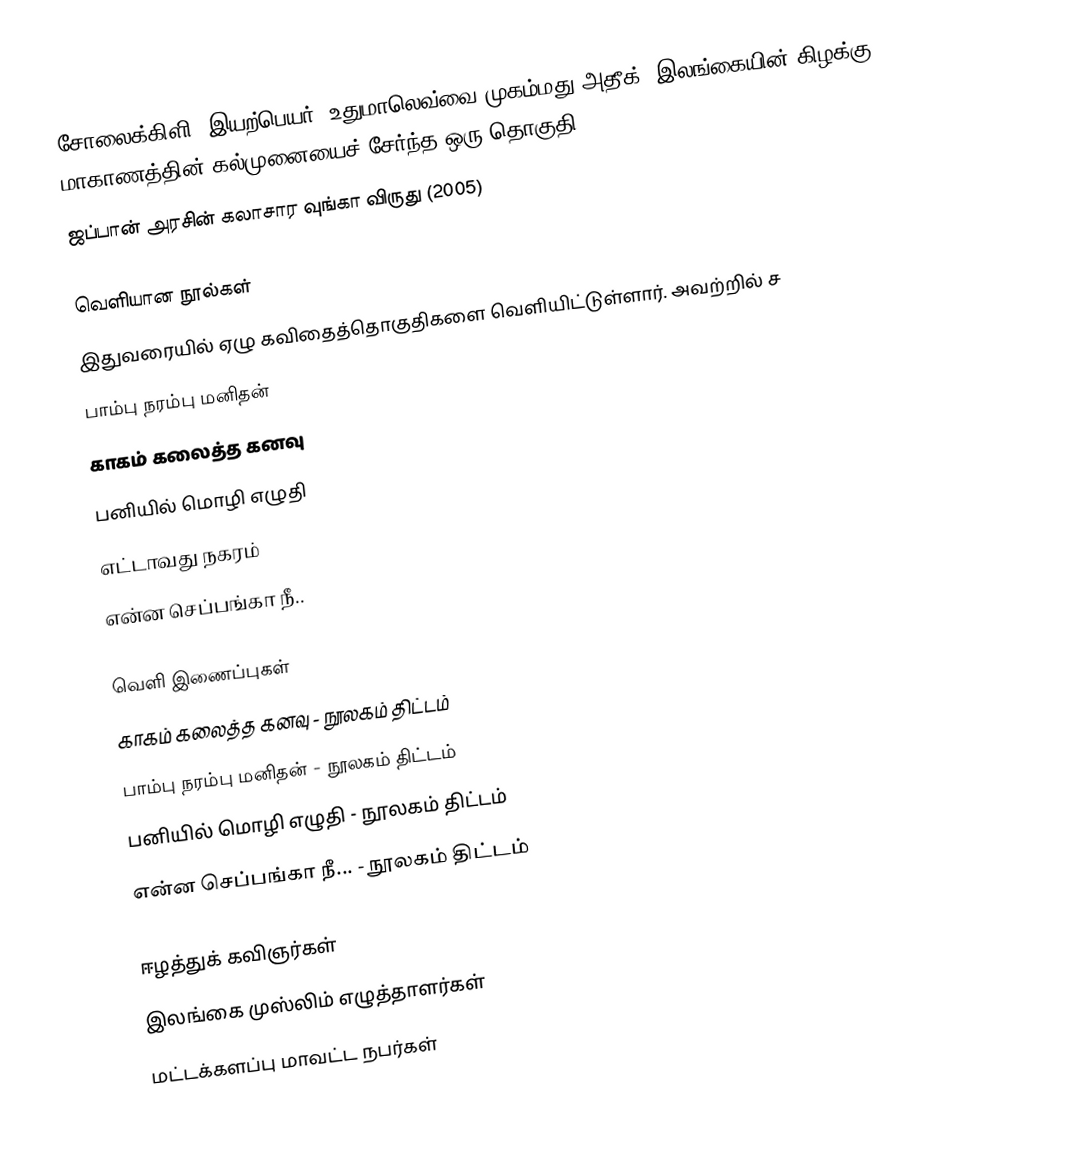
சோலைக்கிளி (இயற்பெயர்: உதுமாலெவ்வை முகம்மது அதீக்) இலங்கையின் கிழக்கு மாகாணத்தின் கல்முனையைச் சேர்ந்த ஒரு தொகுதி, 1988)
ஜப்பான் அரசின் கலாசார வுங்கா விருது (2005)

வெளியான நூல்கள்
இதுவரையில் ஏழு கவிதைத்தொகுதிகளை வெளியிட்டுள்ளார். அவற்றில் ச
பாம்பு நரம்பு மனிதன்
காகம் கலைத்த கனவு
பனியில் மொழி எழுதி
எட்டாவது நகரம்
என்ன செப்பங்கா நீ..

வெளி இணைப்புகள்
காகம் கலைத்த கனவு - நூலகம் திட்டம்
பாம்பு நரம்பு மனிதன் - நூலகம் திட்டம்
பனியில் மொழி எழுதி - நூலகம் திட்டம்
 என்ன செப்பங்கா நீ... - நூலகம் திட்டம்

ஈழத்துக் கவிஞர்கள்
இலங்கை முஸ்லிம் எழுத்தாளர்கள்
மட்டக்களப்பு மாவட்ட நபர்கள்